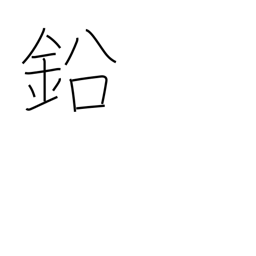
Meaning: lead